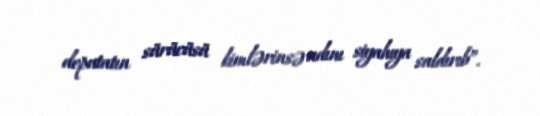
deputatın sürücüsü kimlərinsə adını siyahıya saldırıb”.